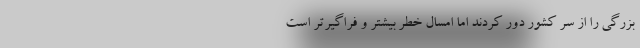
بزرگی را از سر کشور دور کردند اما امسال خطر بیشتر و فراگیرتر است